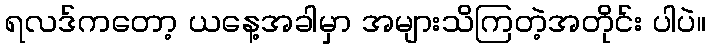
ရလဒ်ကတော့ ယနေ့အခါမှာ အများသိကြတဲ့အတိုင်း ပါပဲ။